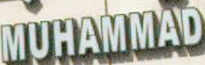
MUHAMMAD